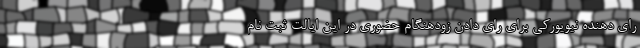
رای دهنده نیویورکی برای رای دادن زودهنگام حضوری در این ایالت ثبت نام